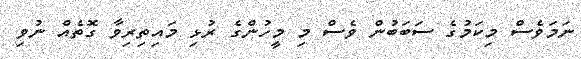
ނަމަވެސް މިކަމުގެ ސަބަބުން ވެސް މި މީހުންގެ ރުޅި މައިތިރިވާ ގޮތެއް ނުވި